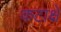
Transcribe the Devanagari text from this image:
कटाक्षे